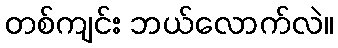
တစ်ကျင်း ဘယ်လောက်လဲ။